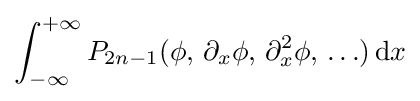
\int _{-\infty }^{+\infty }P_{2n-1}(\phi ,\,\partial _{x}\phi ,\,\partial _{x}^{2}\phi ,\,\ldots )\,{\text{d}}x